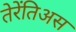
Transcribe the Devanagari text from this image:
तेरेंतिअस